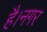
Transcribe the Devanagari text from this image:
है।नगर